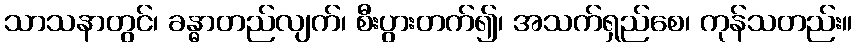
သာသနာတွင်၊ ခန္ဓာတည်လျက်၊ စီးပွားတက်၍၊ အသက်ရှည်စေ၊ ကုန်သတည်း။